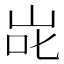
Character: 𭇝